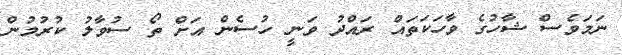
ނަމަވެސް ޝާހުގެ ވާހަކަތައް ރައްދު ވަނީ ހުސެން އަށް ތޯ ސުވާލު ކުރުމުން